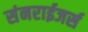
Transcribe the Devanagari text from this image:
संनराईजर्स